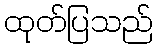
ထုတ်ပြသည်